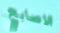
الاصابع